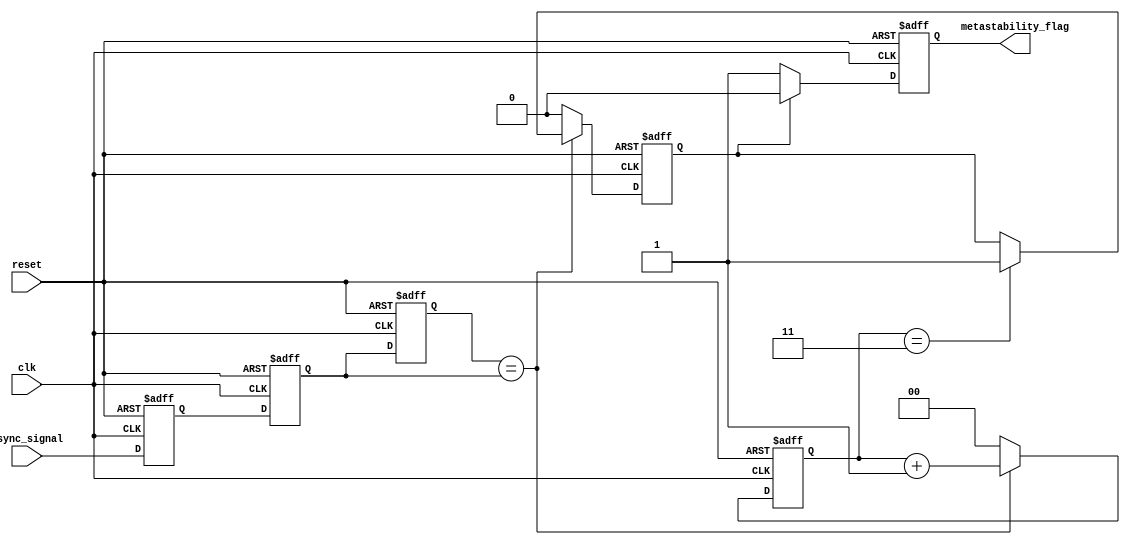
module metastability_detector (
    input wire clk,                // Clock signal
    input wire reset,              // Reset signal
    input wire async_signal,       // Asynchronous input signal
    output reg metastability_flag   // Output flag for metastability detection
);

    // Internal signals
    reg latch1_out;                // Output of the first latch
    reg latch2_out;                // Output of the second latch
    reg [1:0] stable_counter;       // Counter to monitor stability
    reg stable;                    // Flag to indicate stability

    // Latch 1: Capture the asynchronous signal
    always @(posedge clk or posedge reset) begin
        if (reset) begin
            latch1_out <= 1'b0;
        end else begin
            latch1_out <= async_signal;
        end
    end

    // Latch 2: Capture the output of latch 1
    always @(posedge clk or posedge reset) begin
        if (reset) begin
            latch2_out <= 1'b0;
        end else begin
            latch2_out <= latch1_out;
        end
    end

    // Memory block: Store the output of latch 2
    reg memory_block;               // Memory block to hold latch2_out
    always @(posedge clk or posedge reset) begin
        if (reset) begin
            memory_block <= 1'b0;
        end else begin
            memory_block <= latch2_out;
        end
    end

    // Metastability detection logic
    always @(posedge clk or posedge reset) begin
        if (reset) begin
            metastability_flag <= 1'b0;
            stable_counter <= 2'b00;
            stable <= 1'b0;
        end else begin
            // Check for stability
            if (memory_block == latch2_out) begin
                stable_counter <= stable_counter + 1;
                if (stable_counter == 2'b11) begin
                    stable <= 1'b1; // Stable for 3 cycles
                end
            end else begin
                stable_counter <= 2'b00; // Reset counter on change
                stable <= 1'b0; // Not stable
            end

            // Set metastability flag if unstable
            if (!stable) begin
                metastability_flag <= 1'b1; // Metastability detected
            end else begin
                metastability_flag <= 1'b0; // Clear flag if stable
            end
        end
    end

endmodule